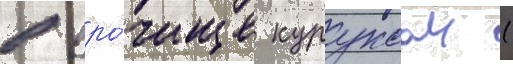
в уро́чище куруксаи (